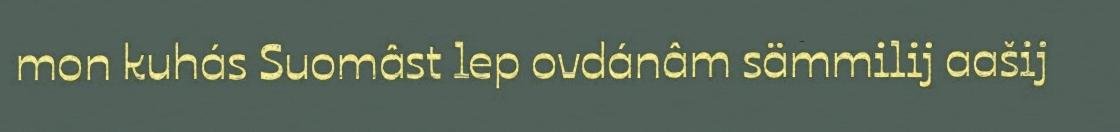
mon kuhás Suomâst lep ovdánâm sämmilij aašij